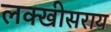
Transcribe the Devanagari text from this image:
लक्‍खीसराय